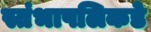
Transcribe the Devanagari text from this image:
स्तंभापलिकडे